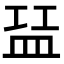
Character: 𬐝